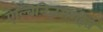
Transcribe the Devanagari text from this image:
ऐल्बिनिज़मरहित